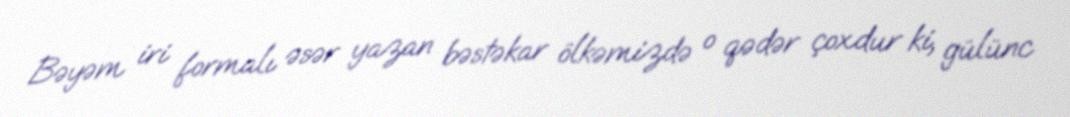
Bəyəm iri formalı əsər yazan bəstəkar ölkəmizdə o qədər çoxdur ki, gülünc